DOW-UAP-D48, Department of the Air Force Report, 1996
Agency: Department of War
Incident date: 9/10/96
Page 47
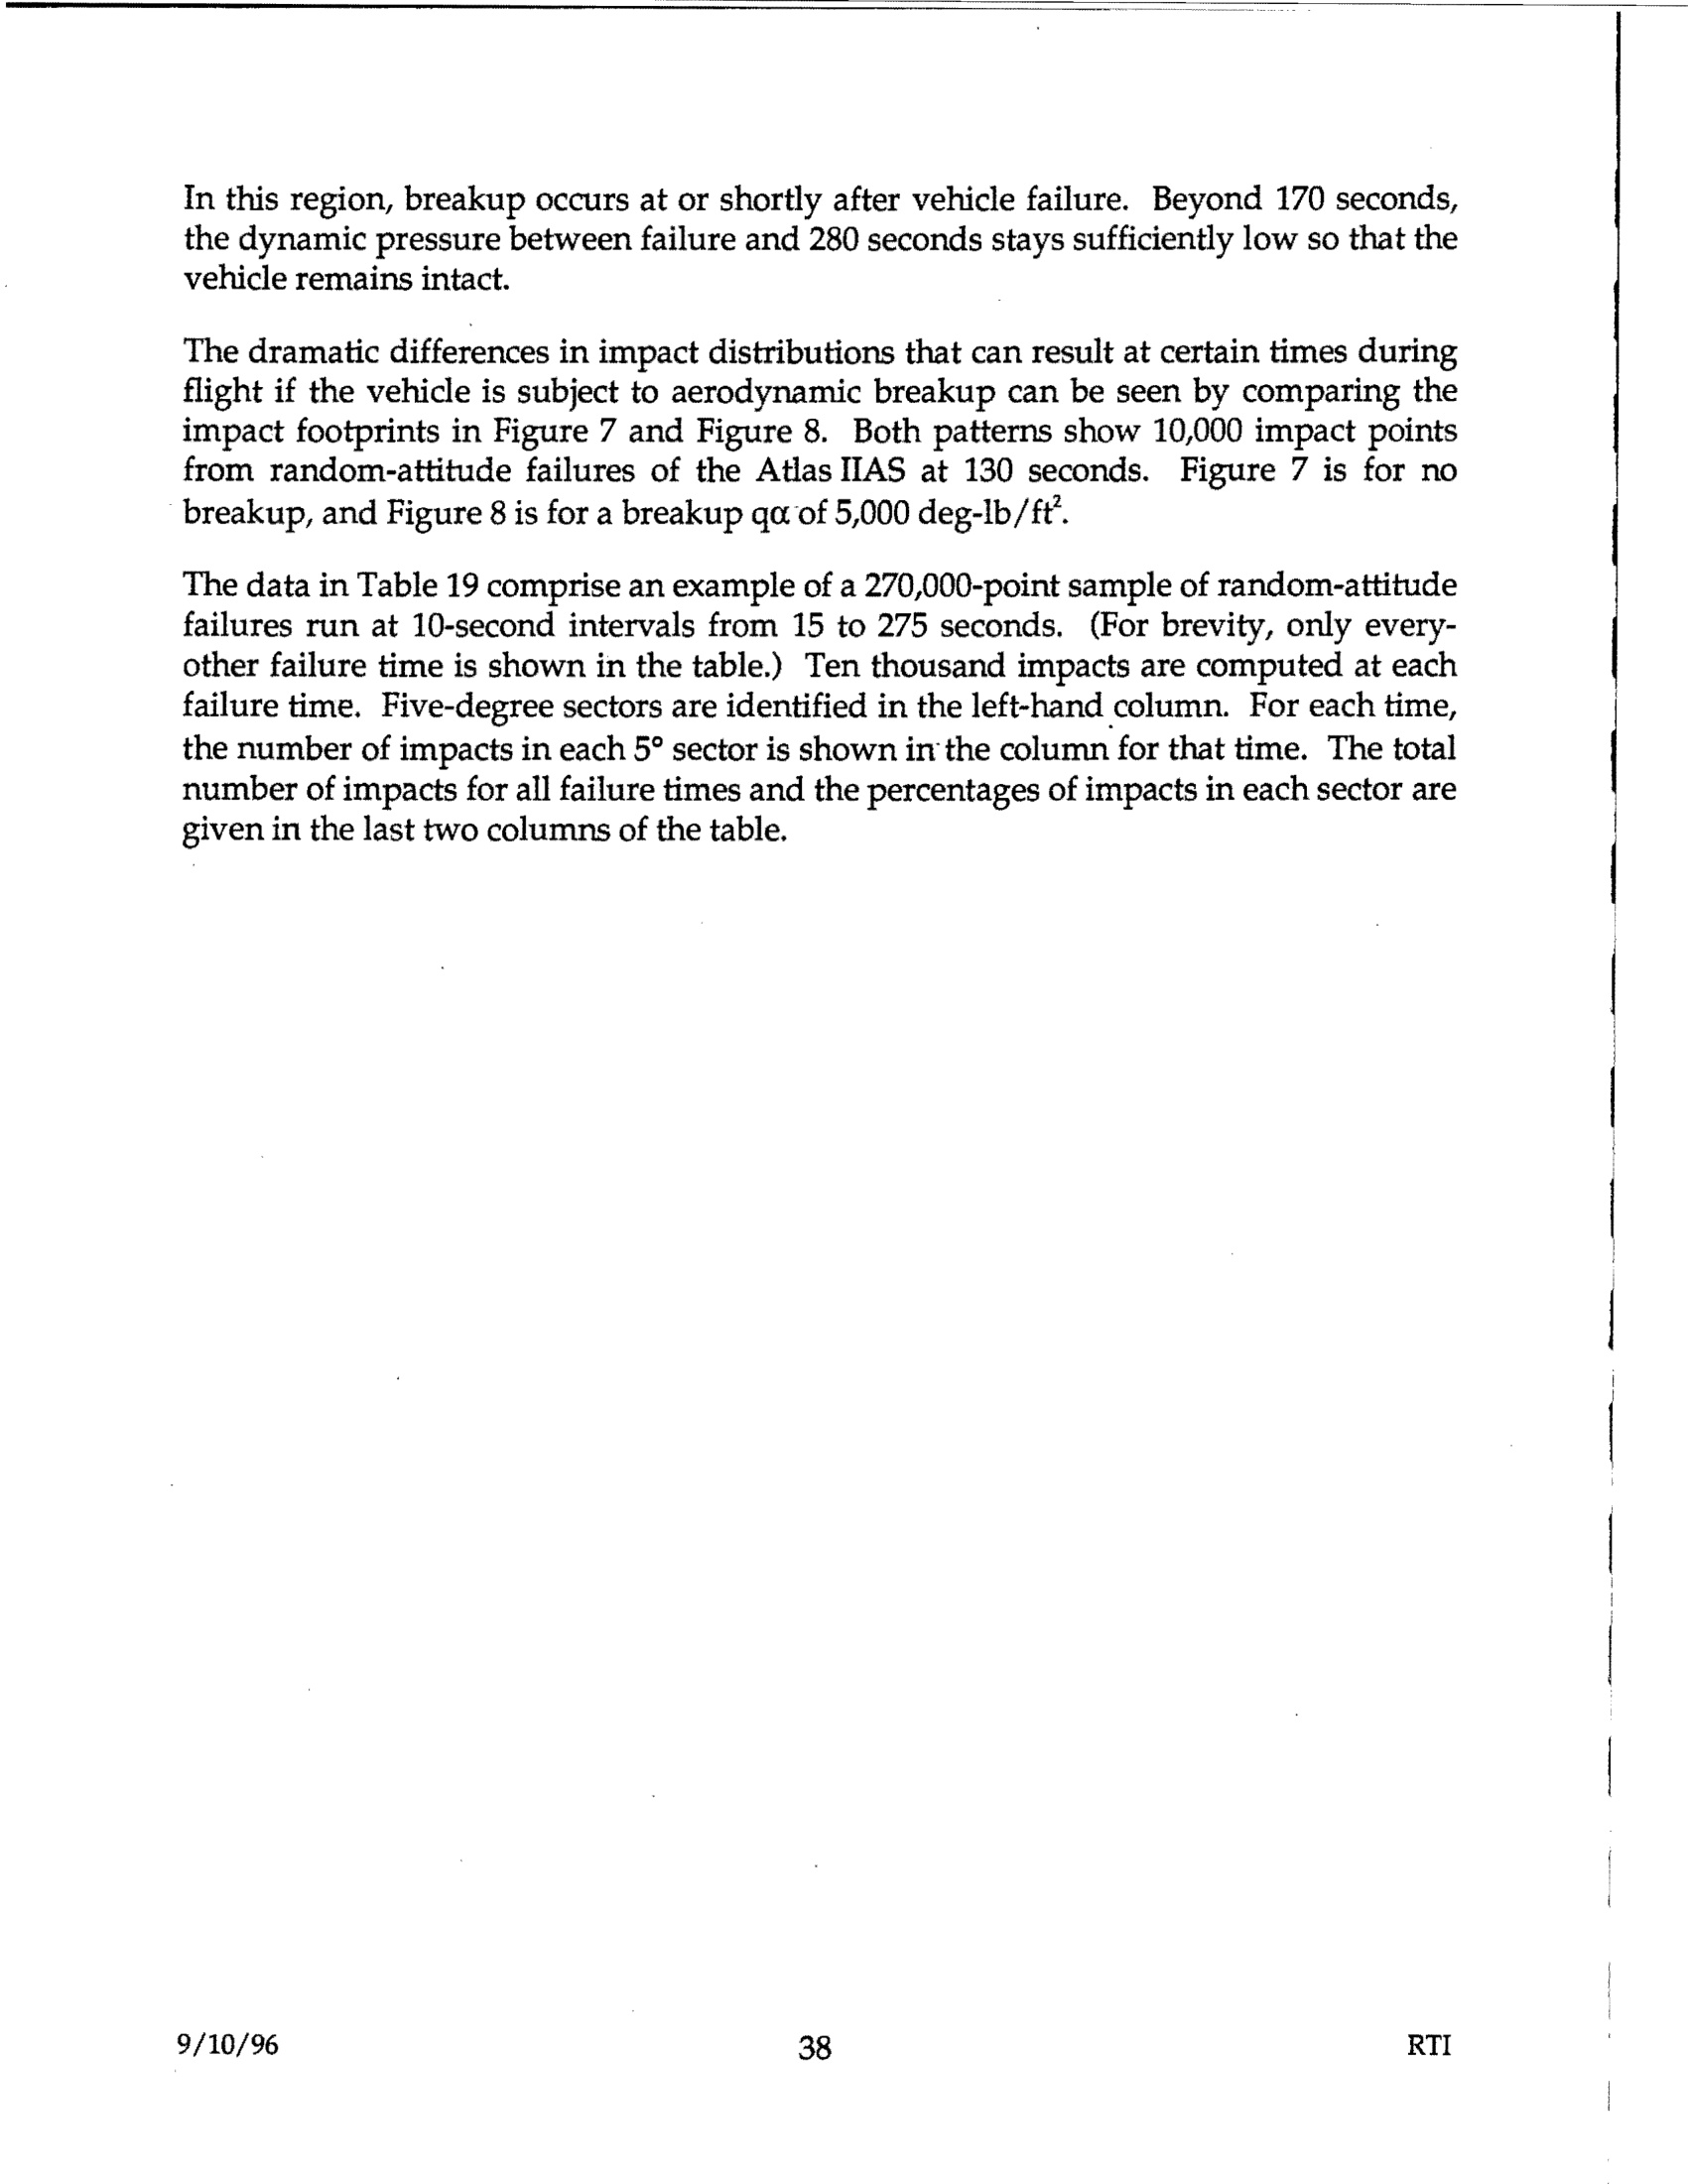